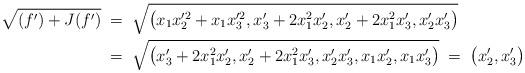
LaTeX: \begin{align*} \sqrt{(f') + J(f')} \; &= \; \sqrt{\bigl(x_1x_2'^2+x_1x_3'^2,x_3'+2x_1^2x_2',x_2'+2x_1^2x_3',x_2'x_3'\bigr)} \\ &= \; \sqrt{\bigl(x_3'+2x_1^2x_2',x_2'+2x_1^2x_3',x_2'x_3',x_1x_2',x_1x_3'\bigr)} \; = \; \bigl(x_2',x_3'\bigr) \end{align*}